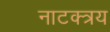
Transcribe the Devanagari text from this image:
नाटक्त्रय